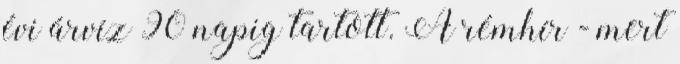
évi árvíz 90 napig tartott. A rémhír - mert